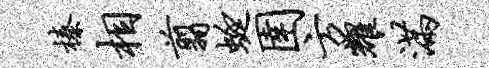
榛相翦蜓圉方耀满